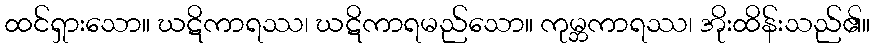
ထင်ရှားသော။ ဃဋိကာရဿ၊ ဃဋိကာရမည်သော။ ကုမ္ဘကာရဿ၊ အိုးထိန်းသည်၏။